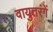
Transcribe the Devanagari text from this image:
वायुतरंगें